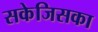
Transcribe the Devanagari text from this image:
सकेजिसका